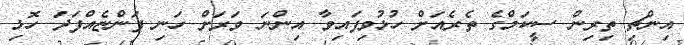
އިންޗި ތިރިން ސީކަމްގެ ތެރެއަށް ހުޅުވިފައިވާ އިންނަ ވަރަށް ހަނި ފަންޏެއްފަދަ ހޮޅި